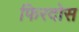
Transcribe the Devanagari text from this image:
फिरदोस